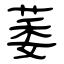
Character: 萎